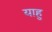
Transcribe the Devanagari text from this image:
याहु